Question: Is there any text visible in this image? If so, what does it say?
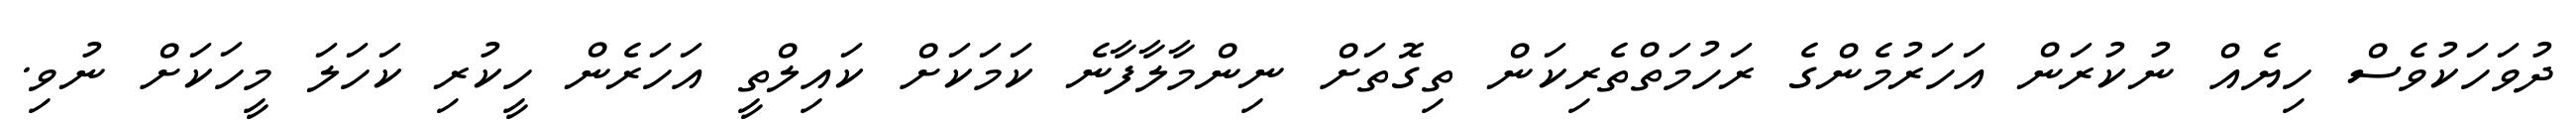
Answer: ދުވަހަކުވެސް ހިޔެއް ނުކުރަން އަހަރުމެންގެ ރަހުމަތްތެރިކަން ތިގޮތަށް ނިންމާލާފާނެ ކަމަކަށް ކައިލްތީ އަހަރެން ހީކުރި ކަހަލަ މީހަކަށް ނުވި.